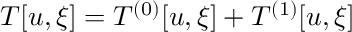
T [ u , \xi ] = T ^ { ( 0 ) } [ u , \xi ] + T ^ { ( 1 ) } [ u , \xi ]